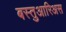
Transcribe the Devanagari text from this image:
बस्तुआरिअस